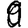
Digit: 9